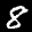
Label: 8